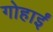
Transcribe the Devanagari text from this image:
गोहार्इं